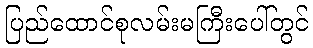
ပြည်ထောင်စုလမ်းမကြီးပေါ်တွင်